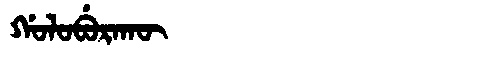
Manchu: ᡤᠣᠯᠣᠪᡠᡵᠠᡴᡡ
Romanization: GOLOBURAKŪ